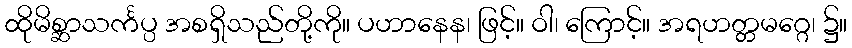
ထိုမိစ္ဆာသင်္ကပ္ပ အစရှိသည်တို့ကို။ ပဟာနေန၊ ဖြင့်။ ဝါ၊ ကြောင့်။ အရဟတ္တမဂ္ဂေ၊ ၌။